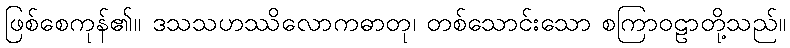
ဖြစ်စေကုန်၏။ ဒသသဟဿိလောကဓာတု၊ တစ်သောင်းသော စကြာဝဠာတို့သည်။